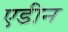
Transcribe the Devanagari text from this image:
एडीन